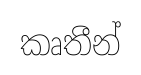
කෘතීන්